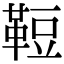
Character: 𩊪